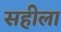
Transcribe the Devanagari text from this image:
सहीला